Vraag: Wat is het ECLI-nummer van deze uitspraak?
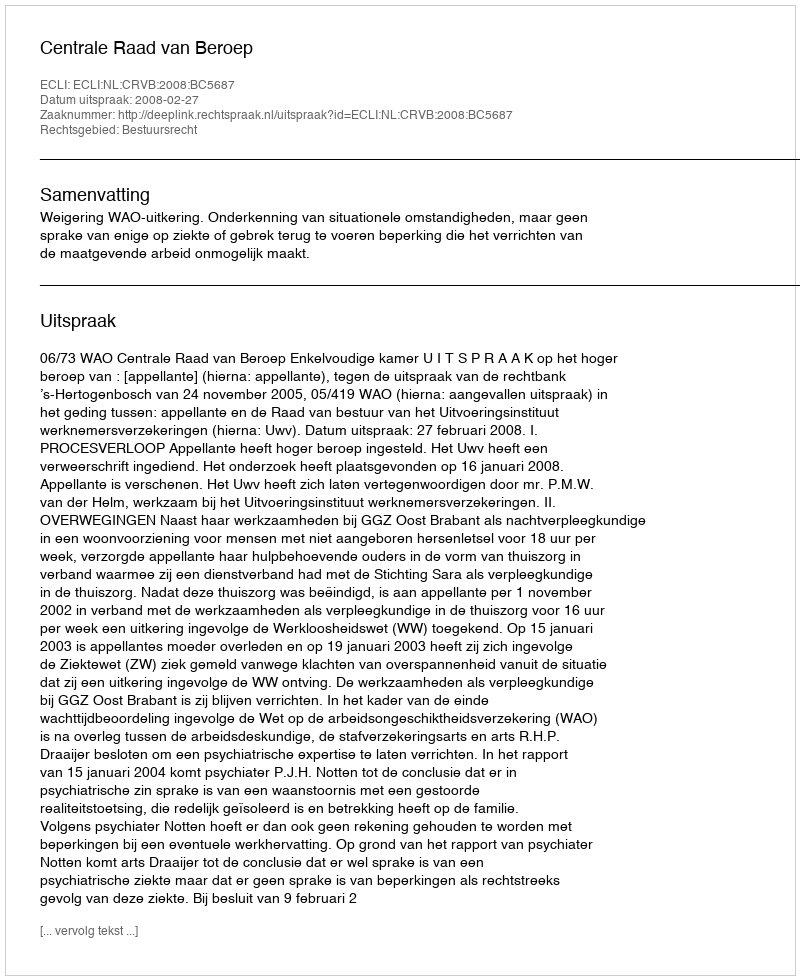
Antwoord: ECLI:NL:CRVB:2008:BC5687